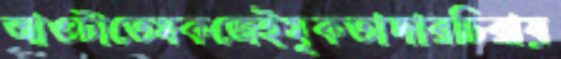
আওটাতেমকজেইমুকতাদারচিরায়